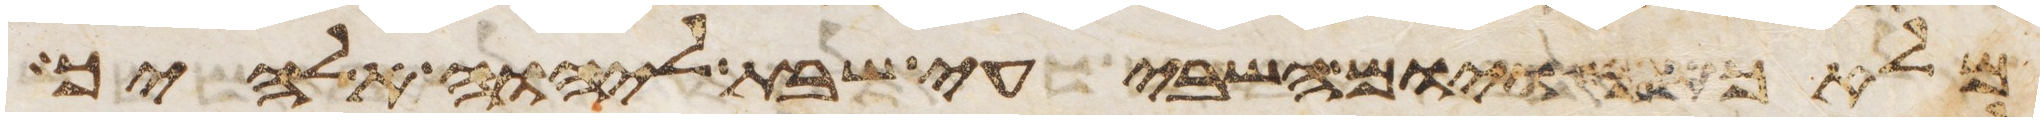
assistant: מלאכתך ויום השביעי שבת ליהוה אלהיך